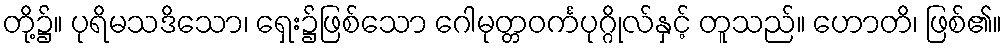
တို့၌။ ပုရိမသဒိသော၊ ရှေး၌ဖြစ်သော ဂေါမုတ္တဝင်္ကပုဂ္ဂိုလ်နှင့် တူသည်။ ဟောတိ၊ ဖြစ်၏။